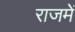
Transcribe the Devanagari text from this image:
राजमें